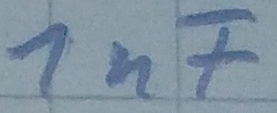
Text: 1nF